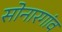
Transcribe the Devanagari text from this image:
सोनारगांव